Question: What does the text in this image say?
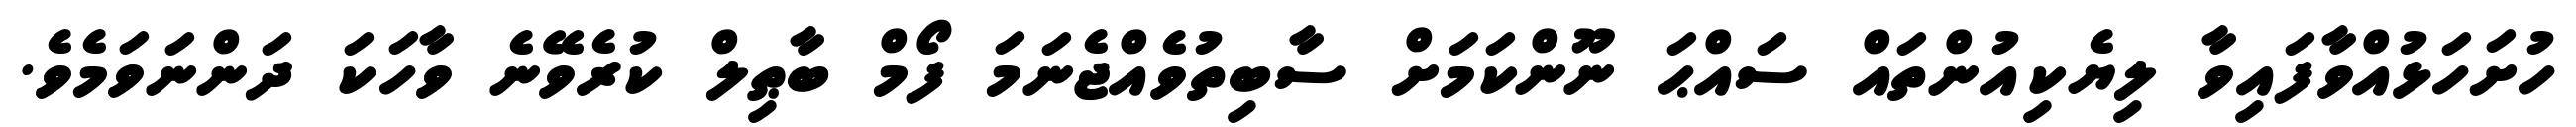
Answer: ހުށަހަޅުއްވާފައިވާ ލިޔެކިއުންތައް ސައްޙަ ނޫންކަމަށް ސާބިތުވެއްޖެނަމަ ފޯމް ބާޠިލް ކުރެވޭނެ ވާހަކަ ދަންނަވަމެވެ.